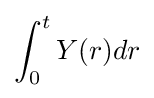
\int _{0}^{t}Y(r)dr